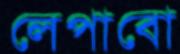
লেপাবো